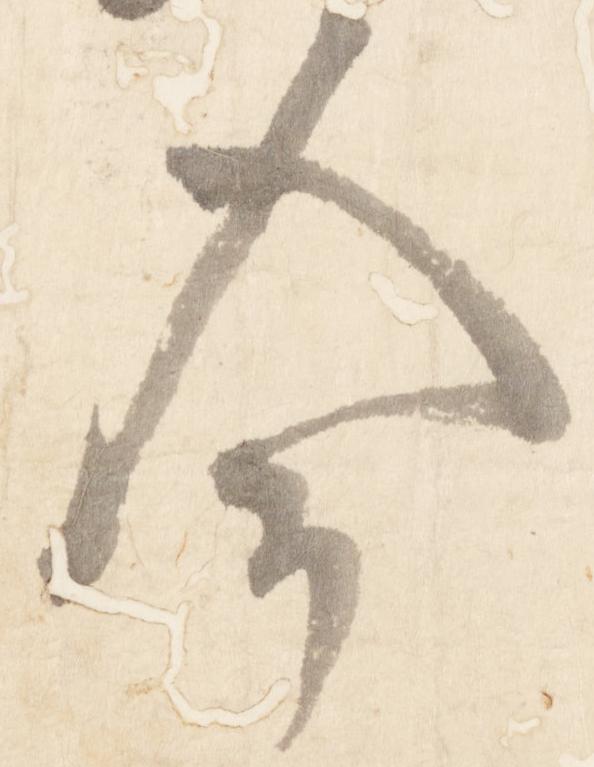
今